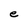
Character: e